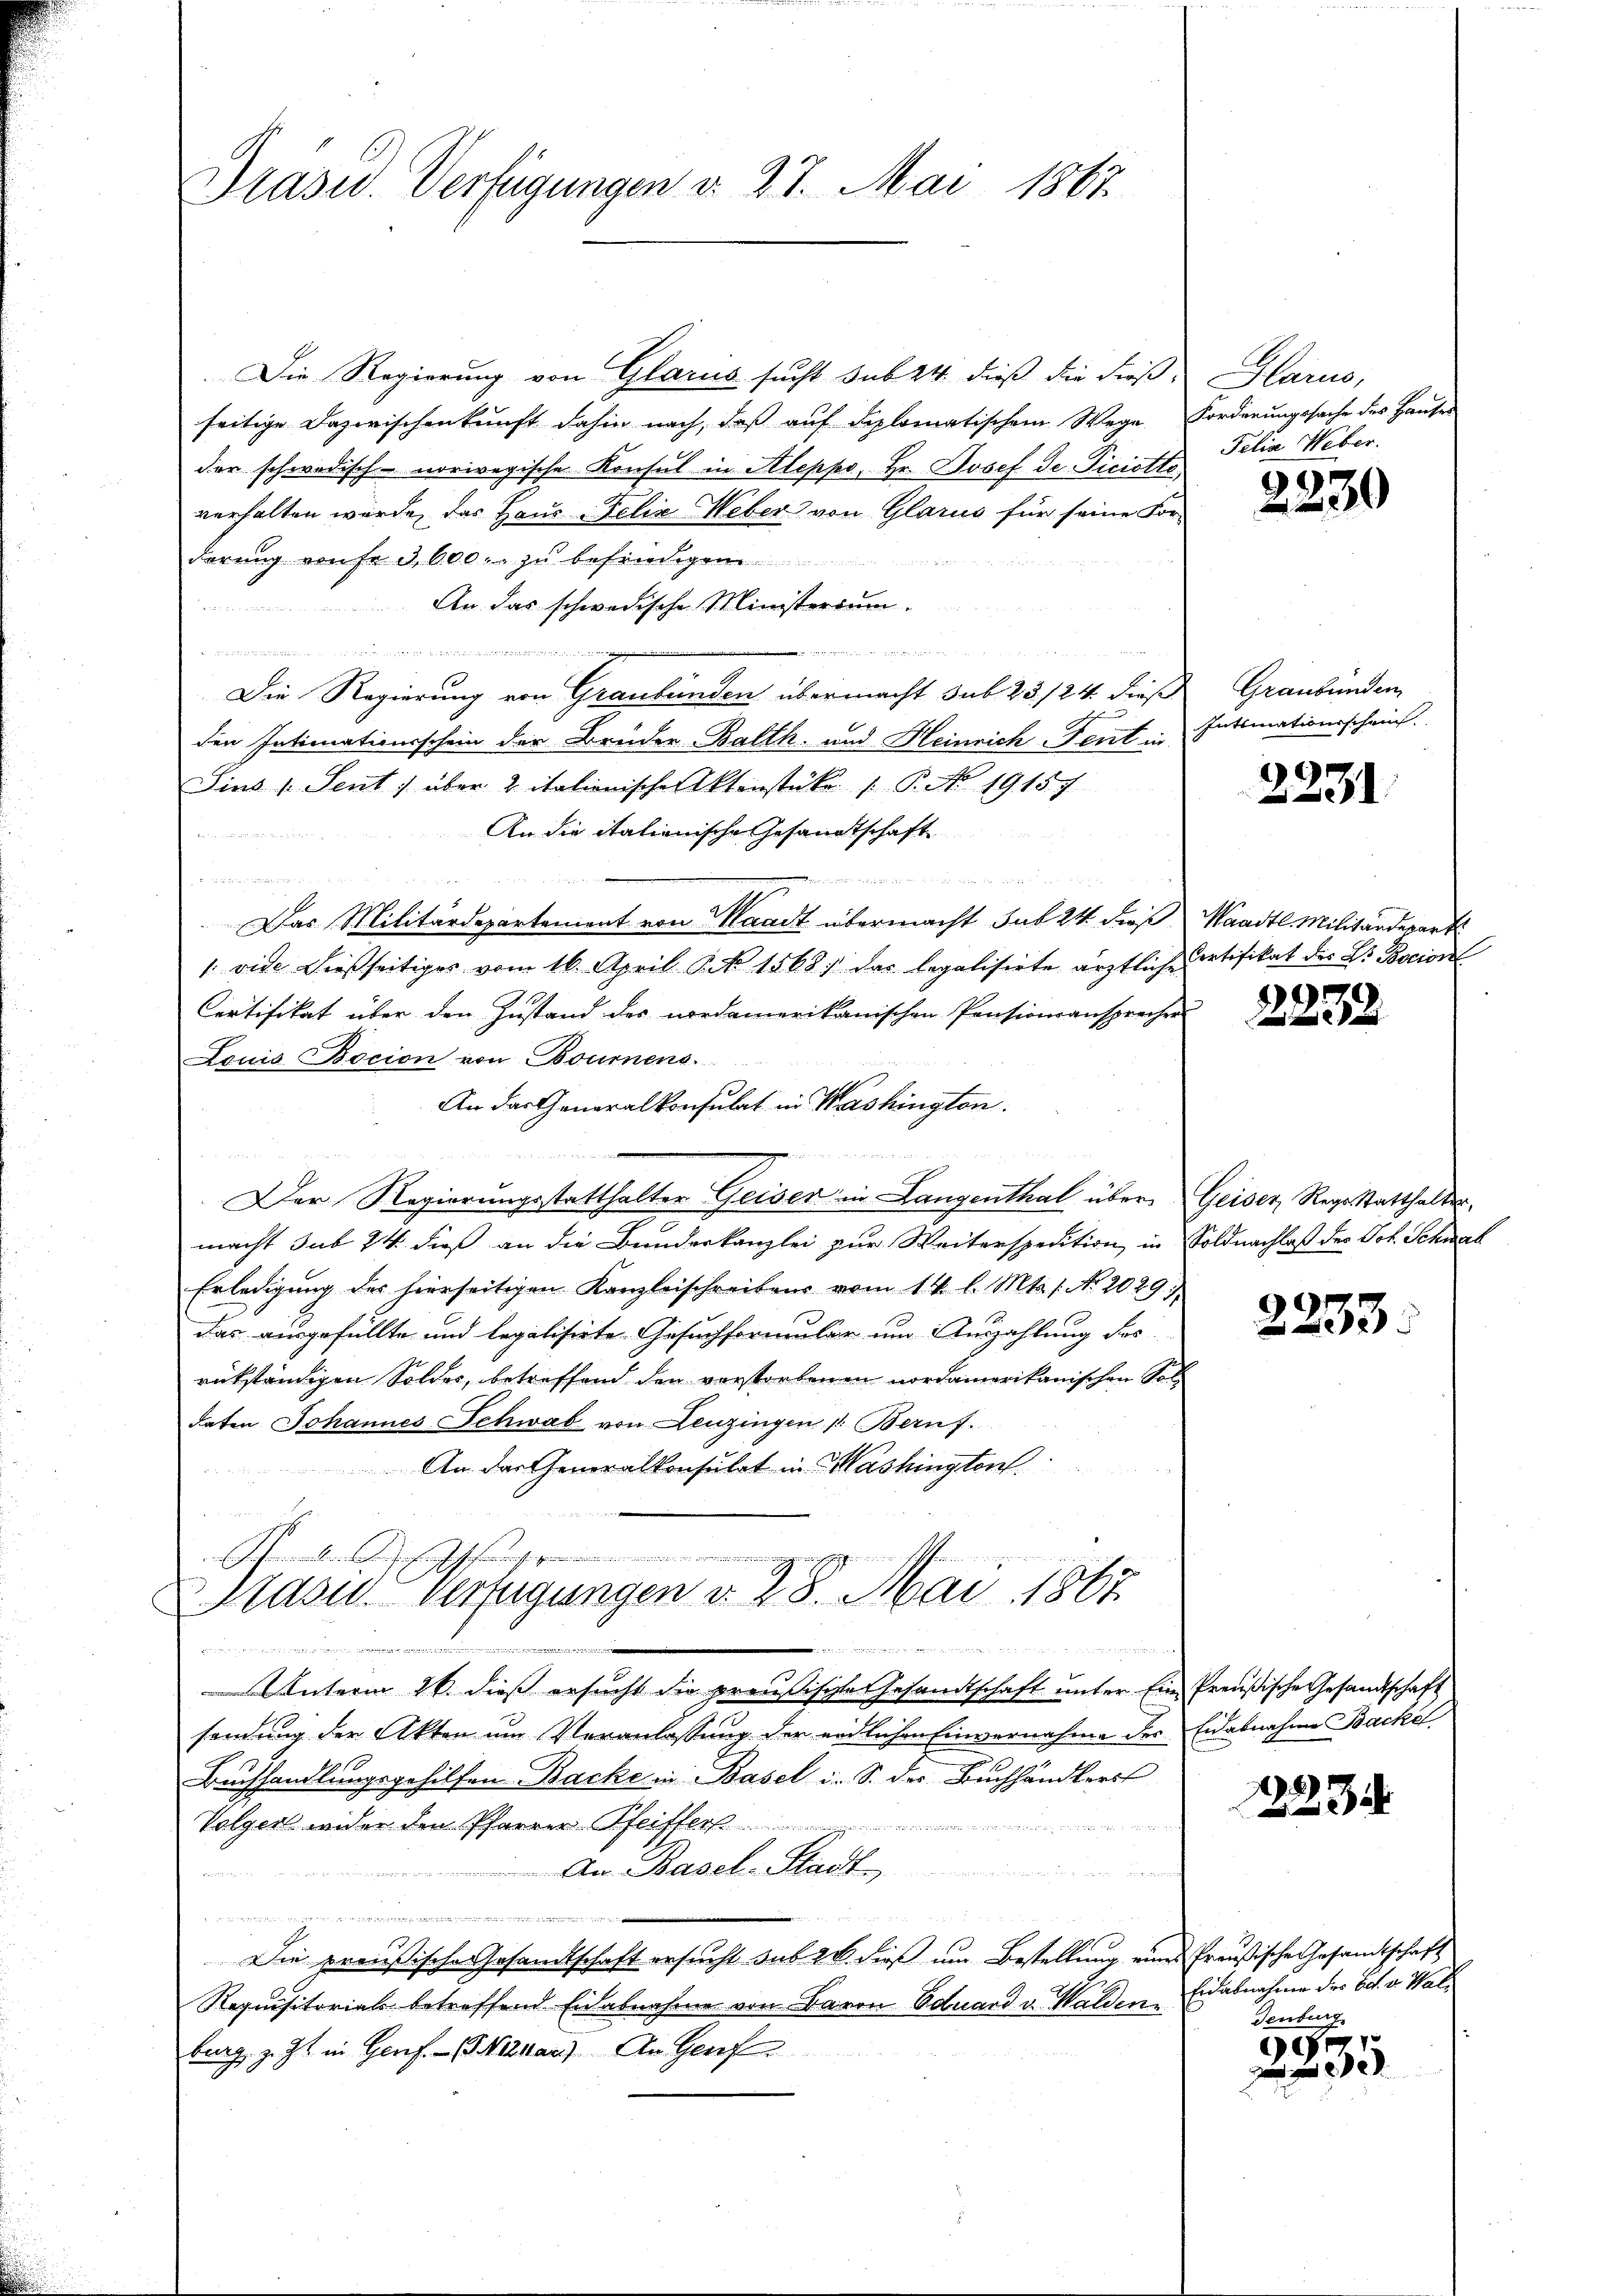
Präsid. Verfügungen v. 27. Mai 1867

Die Regierung von Glarus sucht sub 24. dieß die dieß-
seitige Dazwischenkunft dahin nach, daß auf diplomatischem Wege
der schwedisch-noriregische Konsul in Aleppo, Hr. Josef de Ticiotta,
verhalten wurde, das Haus Felix Weber von Glarus für seine For-
derung von fe 3600. zu befriedigen
An das schwedische Ministerium.

 w
 redeten aber den der der sich der von dritt denen 4. Manato 4te
Die Regierung von Graubünden übermacht sub 23./24. diese
den Intimationsschein der Brüder Balth. und Heinrich-Fent in
Sins Sent) über Zitationische Aktenstüke / P. No 19157
An die italienische Gesandtschaft
Das Militärdepartement von Waadt übermacht sub 24 diese Waadt Militärdepart
 vide dießseitiges vom 16. April S. 1568.) das legalisirte ärztliche Cortifikat der Dr. Bocior
Certifikat über den Zustand des nordamerikanischen Pensionsansprechen
Louis Bocion von Boumnens.
An das Generalkonsulat in Washington.
2 No 4 Fr. 1817

 1 Herrn Meuche
t
Der Regierungsstatthalter Geiser in Langenthal über
macht sub 24 dieß an die Bernderkanzlei zur Weiterspedition in
Erledigung des hierseitigen Kanzleischreibens vom 14. l. Mts. 1. No. 2029;
das ausgefüllte und legalisirte Gesuchformular um Auszahlung des
rükständigen Soldes, betreffend den verstorbenen nordamerikanischen Soldaten Johannes Schwab von Leuzingen v. Beruf.
An der Generalkonsulat in Washington
.
Masus Verfügungen v. 28. Mai 1867
eien der
in eine einesweise a
Unterm 26. dieß ersucht die preußische Gesandtschaft unter Ein Preußische Gesandtschaft
samung der Akten um Veranlassung der erdlichen Einvernahme der
Buchhandlungsgehilfen Backe in Basel i. S. des Buchhändlers
Volgert wider den Pfarrer-Pfeiffer
An Basel-Stadt

Die preußische Gesandtschaft ersucht sub 20. dieß um Bestellung eines Preußische Gesandtschaft
Requisitorials betreffend Eidabnahme von Baron Eduard v. Walden
burg z. Zt. in Genf. - (Nizzars. An Geset

Glarus,
Forderungssache des Hauser
Felia Weber.

2230

2 Graubünden
Intimationsschein.

2231

2232

Geiser Reg. Statthalter,
Soldnachlaß des Joh. Schwal

2233.

Eidabnahme Backel

2234

Eidabnahmen der Bat. v. Wal¬
Genburg.

e
 2